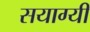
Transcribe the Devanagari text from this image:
सयाग्यी